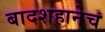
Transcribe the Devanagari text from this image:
बादशहानेच